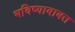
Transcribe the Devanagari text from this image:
भविष्याबाबत